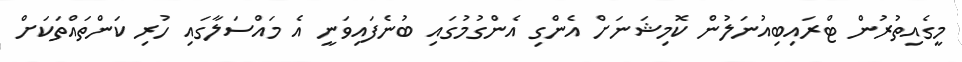
މީގެއިތުރުން ޓްރައިބިއުނަލުން ކޮމިޝަނަށް އެންގި އެންގުމުގައި ބުނެފައިވަނީ އެ މައްސަލާގައި ހުރި ކަންތައްތަކަށް